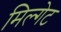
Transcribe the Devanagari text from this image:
मिल्गेट